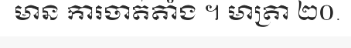
មាន ការចាត់តាំង ។ មាត្រា ២០.